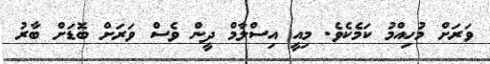
ވަރަށް މުހިއްމު ކަމެކެވެ. މިއީ އިސްލާމް ދީން ވެސް ވަރަށް ބޮޑަށް ބާރު